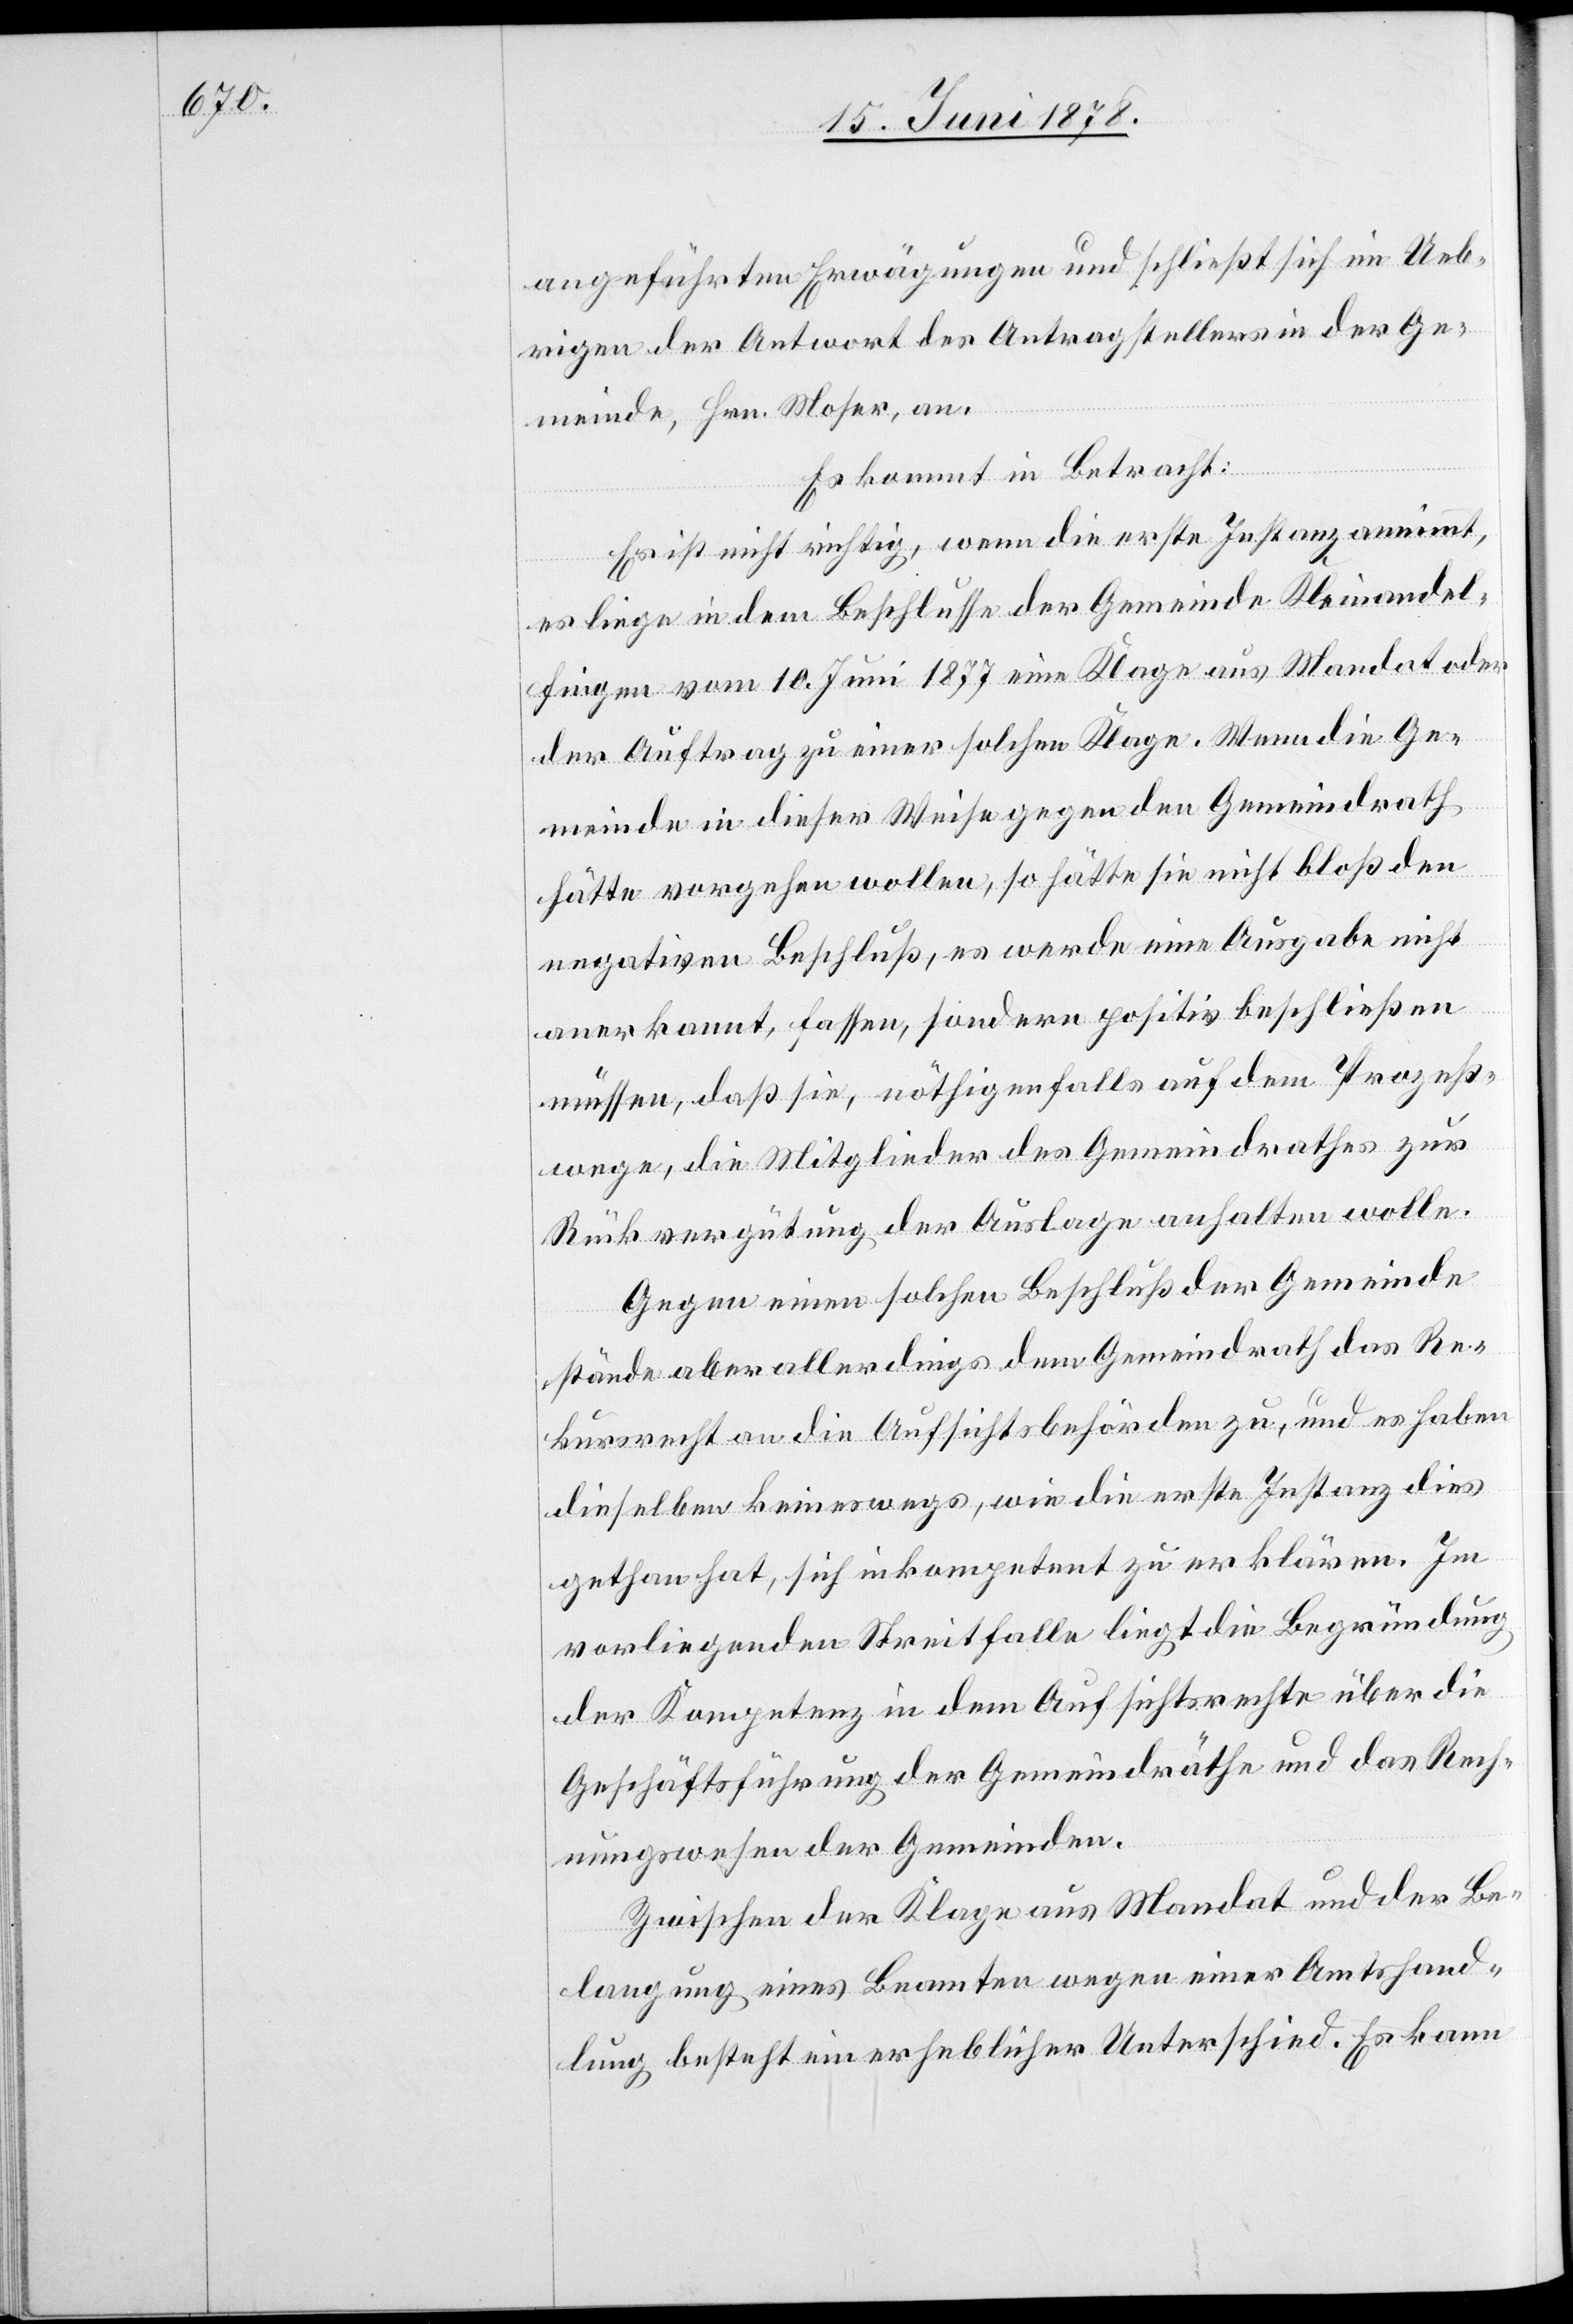
angeführten Erwägungen und schließt sich im Ueb¬
rigen der Antwort des Antragstellers in der Ge¬
meinde, Hrn. Moser, an.
Es kommt in Betracht:
Es ist richtig, wenn die erste Instanz annimmt,
es liege in dem Beschlusse der Gemeinde Kleinandel¬
fingen vom 10. Juni 1877 eine Klage aus Mandat oder
der Auftrag zu einer solchen Klage. Wenn die Ge¬
meinde in dieser Weise gegen den Gemeindrath
hätte vorgehen wollen, so hätte sie nicht bloß den
negativen Beschluß, es werde eine Ausgabe nicht
anerkannt, fassen, sondern positiv beschließen
müssen, daß sie, nöthigenfalls auf dem Prozeß¬
wege, die Mitglieder des Gemeindrathes zur
Rückvergütung der Auslage anhalten wolle.
Gegen einen solchen Beschluß der Gemeinde
stände aber allerdings dem Gemeindrath das Re¬
kursrecht an die Aufsichtsbehörden zu, und es haben
dieselben keineswegs, wie die erste Instanz dies
gethan hat, sich inkompetent zu erklären. Im
vorliegenden Streitfalle liegt die Begründung
der Kompetenz in dem Aufsichtsrechte über die
Geschäftsführung der Gemeindräthe und das Rech¬
nungswesen der Gemeinden.
Zwischen der Klage aus Mandat und der Be¬
langung eines Beamten wegen einer Amtshand¬
lung besteht ein erheblicher Unterschied. Es kann